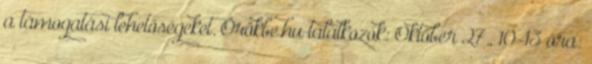
a támogatási lehetőségeket. Örökbe.hu találkozók: Október 27., 10-13 óra: